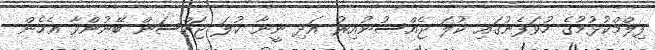
ފިލްމްކުޅުމުގެ ހުވަފެނުގައި ކުލަ ޖެއްސުނުއިރު އަދި ނީނާ ކުލަ ޖައްސަން ބޭނުންވާ އެހެން